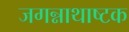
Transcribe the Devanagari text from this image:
जगन्नाथाष्टक